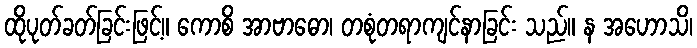
ထိုပုတ်ခတ်ခြင်းဖြင့်။ ကောစိ အာဗာဓော၊ တစုံတရာကျင်နာခြင်း သည်။ န အဟောသိ၊